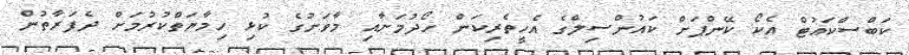
ކަބްސްކައުޓް އެކޯ ކޭންޕަށް ކައުންސިލްގެ އެހީތެރިކަން ހޯދުމަށާއި މާވަށުގެ ކުޅި ހިމާޔަތްކުރުމަށް ދެފަރާތުން